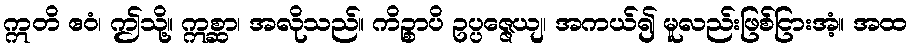
ဣတိ ဧဝံ၊ ဤသို့။ ဣစ္ဆာ၊ အလိုသည်။ ကိဉ္စာပိ ဥပ္ပဇ္ဇေယျ၊ အကယ်၍ မူလည်းဖြစ်ငြားအံ့။ အထ